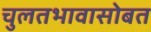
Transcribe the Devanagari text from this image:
चुलतभावासोबत